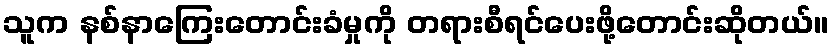
သူက နစ်နာကြေးတောင်းခံမှုကို တရားစီရင်ပေးဖို့တောင်းဆိုတယ်။